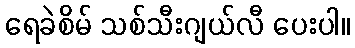
ရေခဲစိမ် သစ်သီးဂျယ်လီ ပေးပါ။